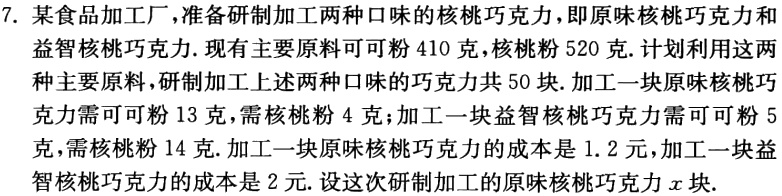
7. 某食品加工厂，准备研制加工两种口味的核桃巧克力，即原味核桃巧克力和

益智核桃巧克力. 现有主要原料可可粉410克，核桃粉520克. 计划利用这两

种主要原料，研制加工上述两种口味的巧克力共50块. 加工一块原味核桃巧克

力需可可粉13克，需核桃粉4克；加工一块益智核桃巧克力需可可粉5

克，需核桃粉14克. 加工一块原味核桃巧克力的成本是1.2元，加工一块益

智核桃巧克力的成本是2元. 设这次研制加工的原味核桃巧克力\(x\)块.